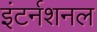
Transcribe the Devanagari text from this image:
इंटर्नशनल